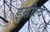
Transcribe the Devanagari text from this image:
इसोल्द